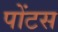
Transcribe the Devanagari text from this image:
पोंटस